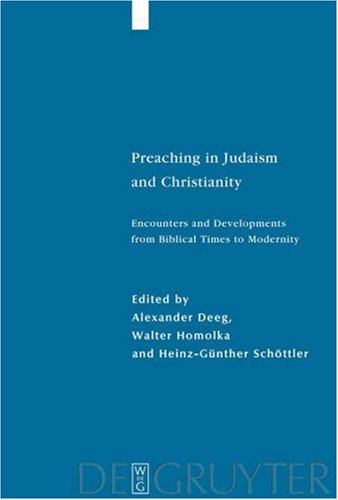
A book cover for Preaching in Judaism and Christianity: Encounters and Developments from Biblical Times to Modernity (Studia Judaica); Deeg; Religion & Spirituality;